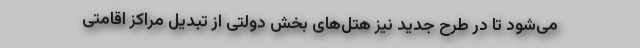
می‌شود تا در طرح جدید نیز هتل‌های بخش دولتی از تبدیل مراکز اقامتی